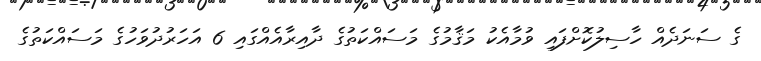
ގެ ސަނަދެއް ހާސިލުކޮށްފައި ވުމާއެކު މަޤާމުގެ މަސައްކަތުގެ ދާއިރާއެއްގައި 6 އަހަރުދުވަހުގެެ މަސައްކަތުގެ